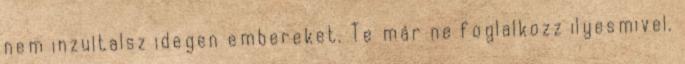
nem inzultalsz idegen embereket. Te már ne foglalkozz ilyesmivel.